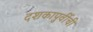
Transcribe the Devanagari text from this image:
दशकापुर्वीची